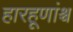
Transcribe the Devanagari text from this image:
हारहूणांश्च